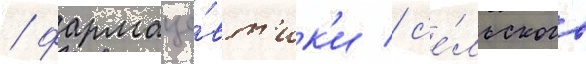
/ фармаце́вт'ик'и / с'е́льского